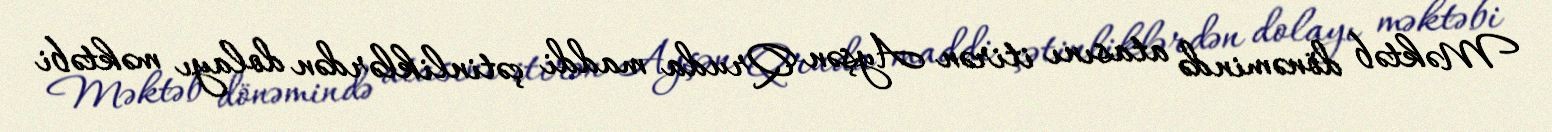
Məktəb dönəmində atasını itirən Ayşən Qruda maddi çətinliklərdən dolayı məktəbi